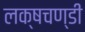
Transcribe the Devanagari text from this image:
लक्षचण्डी